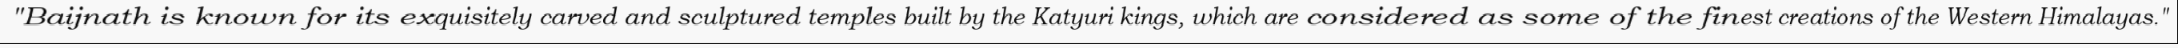
"Baijnath is known for its exquisitely carved and sculptured temples built by the Katyuri kings, which are considered as some of the finest creations of the Western Himalayas."